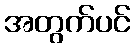
အတွက်ပင်